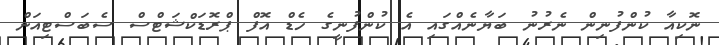
ނޮކިއާ ކުންފުނިން ނެރުނު ބަޔާނެއްގައި އެ ކުންފުނީގެ ހެޑް އޮފް ޕްރޮޑަކްޝަޓްސް ސެބަސްޓިއަން